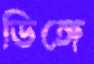
ডিঙ্গে